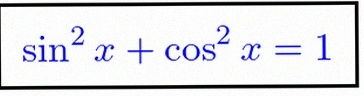
\sin^2x+\cos^2x=1